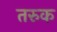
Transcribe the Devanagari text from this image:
तरुक